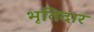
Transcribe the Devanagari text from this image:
भृतिदार